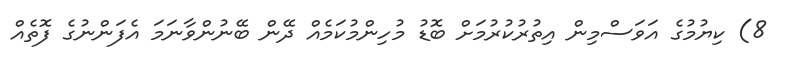
8) ކިޔުމުގެ އަވަސްމިން އިތުރުކުރުމަށް ބޮޑު މުހިންމުކަމެއް ދޭން ބޭނުންވާނަމަ އެފަންނުގެ ފޮތެއް